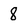
Character: 8